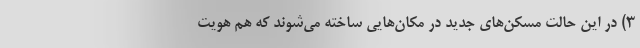
۳) در این حالت مسکن‌های جدید در مکان‌هایی ساخته می‌شوند که هم هویت